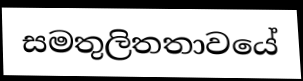
සමතුලිතතාවයේ